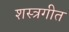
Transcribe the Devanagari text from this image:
शस्त्रगीत